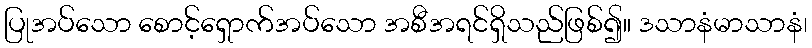
ပြုအပ်သော စောင့်ရှောက်အပ်သော အစီအရင်ရှိသည်ဖြစ်၍။ ဒသာနံမာသာနံ၊